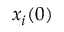
x _ { i } ( 0 )